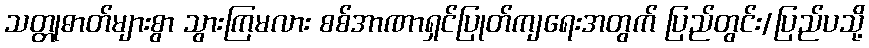
သတ္တုဓာတ်များစွာ သွားကြမလား စစ်အာဏာရှင်ပြုတ်ကျရေးအတွက် ပြည်တွင်း/ပြည်ပသို့